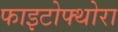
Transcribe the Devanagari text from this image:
फाइटोफ्थोरा